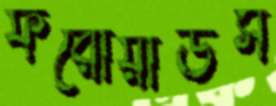
ফরোয়ার্ডর্স